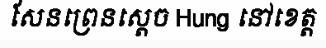
សែនព្រេនស្តេច Hung នៅខេត្ត